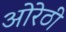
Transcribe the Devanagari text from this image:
ओरेठी